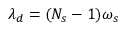
\lambda _ { d } = ( N _ { s } - 1 ) \omega _ { s }